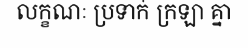
លក្ខណៈ ប្រទាក់ ក្រឡា គ្នា